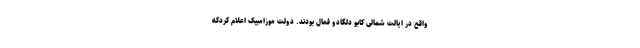
واقع در ایالت شمالی کابو دلگادو فعال بودند. دولت موزامبیک اعلام کردکه